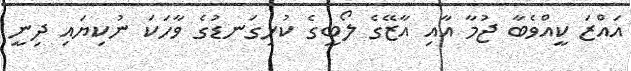
އައްޒަ ކީއްވެބާ ޖުމާ އާއި އާޒޭގެ ލޯބީގެ ކުޅިގަނޑުގެ ވާހަކަ ނުކިޔައި ދިނީ